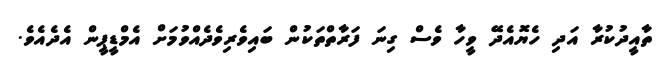
ތާއީދުކުރާ އަދި ހެޔޮއެދޭ ވީހާ ވެސް ގިނަ ފަރާތްތަކުން ބައިވެރިވެދެއްވުމަށް އެމްޑީޕީން އެދެއެވެ.